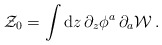
\begin{align*}{\cal Z}_0=\int {\rm d} z\, \partial_z \phi^a \,\partial_a {\cal W}\,.\end{align*}